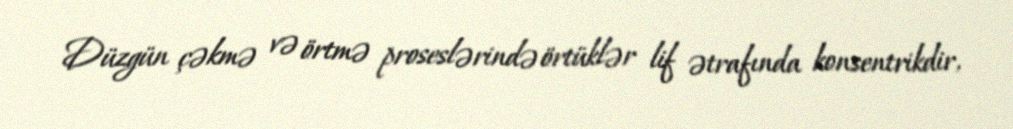
Düzgün çəkmə və örtmə proseslərində örtüklər lif ətrafında konsentrikdir,